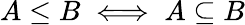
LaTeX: A\leq B\iff A\subseteq B